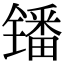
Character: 𫔍